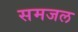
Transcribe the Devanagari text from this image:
समजल